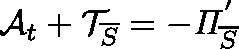
\mathcal { A } _ { t } + \mathcal { T } _ { \overline { { S } } } = - \mathit { \Pi } _ { \overline { { S } } } ^ { ' }